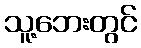
သူ့ဘေးတွင်